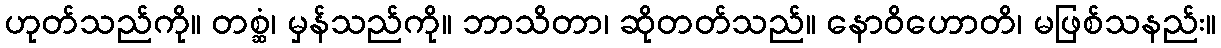
ဟုတ်သည်ကို။ တစ္ဆံ၊ မှန်သည်ကို။ ဘာသိတာ၊ ဆိုတတ်သည်။ နောဝိဟောတိ၊ မဖြစ်သနည်း။